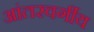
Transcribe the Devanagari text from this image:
आंतरवर्गीय